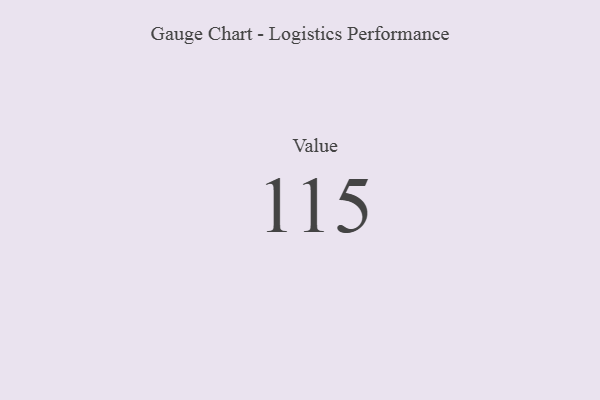
{"axis": {"x": "Metric", "y": "Value"}, "legend": [""], "data": [{"x": "Value", "y": 115, "type": ""}]}